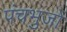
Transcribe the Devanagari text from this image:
पंचभुजों